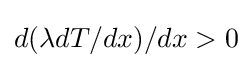
d(\lambda dT/dx)/dx>0